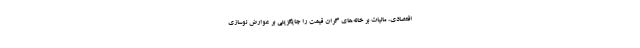
اقتصادی، مالیات بر خانه‌های گران قیمت را جایگزینی بر عوارض نوسازی